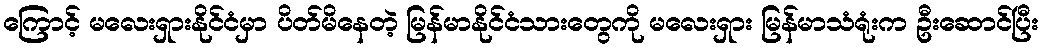
ကြောင့် မလေးရှားနိုင်ငံမှာ ပိတ်မိနေတဲ့ မြန်မာနိုင်ငံသားတွေကို မလေးရှား မြန်မာသံရုံးက ဦးဆောင်ပြီး